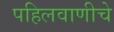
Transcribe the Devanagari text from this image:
पहिलवाणीचे